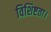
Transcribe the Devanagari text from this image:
विशिष्टता।